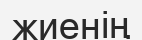
жиенің